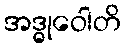
အဒ္ဓုဝေါတိ